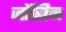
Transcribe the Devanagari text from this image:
जोंसिन